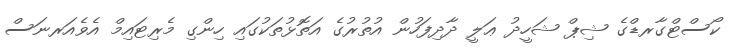
ކޯސްޓްގާރޑްގެ ޝިޕް ޝަހީދު ޢަލީ ދާދިފަހުން އުތުރުގެ އަތޮޅުތަކުގައި ހިންގި މެރިޓައިމް އެވެއަރނަސް